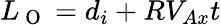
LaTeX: L_{\mathrm{~O~}}=d_{i}+RV_{Ax}t